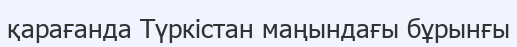
қарағанда Түркістан маңындағы бұрынғы